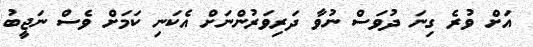
އަށް ވުރެ ގިނަ ދުވަސް ނުވާ ދަރިވަރުންނަށް އެކަނި ކަމަށް ވެސް ނަޖީބު